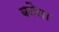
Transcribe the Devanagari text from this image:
बनैला